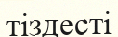
тіздесті